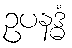
ဥပနဒ္ဓံ